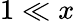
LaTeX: {1\ll x}